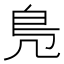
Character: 鳬